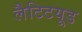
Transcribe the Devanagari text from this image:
लैटिटयूड